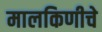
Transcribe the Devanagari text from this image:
मालकिणीचे